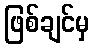
ဖြစ်ချင်မှ